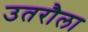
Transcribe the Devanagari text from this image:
उतरौला